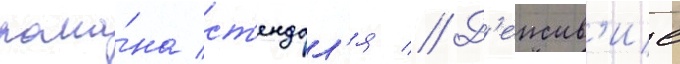
рома́на ст'ендал'я // Д'еиств'ие